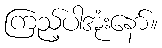
ကြည့်ပါအုံးနော်။